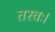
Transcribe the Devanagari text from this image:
तरवः।